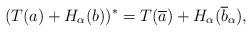
LaTeX: \begin{align*}(T(a)+H_{\alpha}(b))^*=T(\overline{a})+H_{\alpha}(\overline{b}_\alpha), \end{align*}